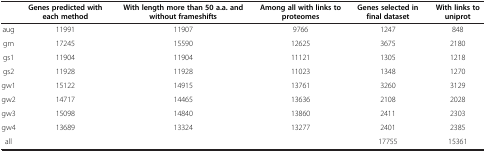
|  | Genes predicted with each method | With length more than 50 a.a. and without frameshifts | Among all with links to proteomes | Genes selected in final dataset | With links to uniprot |
 | --- | --- | --- | --- | --- | --- |
 | aug | 11991 | 11907 | 9766 | 1247 | 848 |
 | gm | 17245 | 15590 | 12625 | 3675 | 2180 |
 | gs1 | 11904 | 11904 | 11121 | 1305 | 1218 |
 | gs2 | 11928 | 11928 | 11023 | 1348 | 1270 |
 | gw1 | 15122 | 14915 | 13761 | 3260 | 3129 |
 | gw2 | 14717 | 14465 | 13636 | 2108 | 2028 |
 | gw3 | 15098 | 14840 | 13860 | 2411 | 2303 |
 | gw4 | 13689 | 13324 | 13277 | 2401 | 2385 |
 | all |  |  |  | 17755 | 15361 |